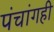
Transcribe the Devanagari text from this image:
पंचांगही